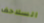
السلاحف